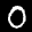
Label: 0